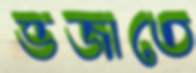
ভজাতে